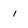
Character: 1